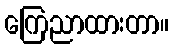
ကြေညာထားတာ။